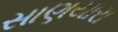
સાણયારા